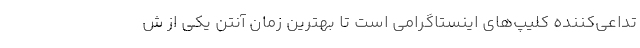
تداعی‌کننده کلیپ‌های اینستاگرامی است تا بهترین زمان آنتن یکی از ش